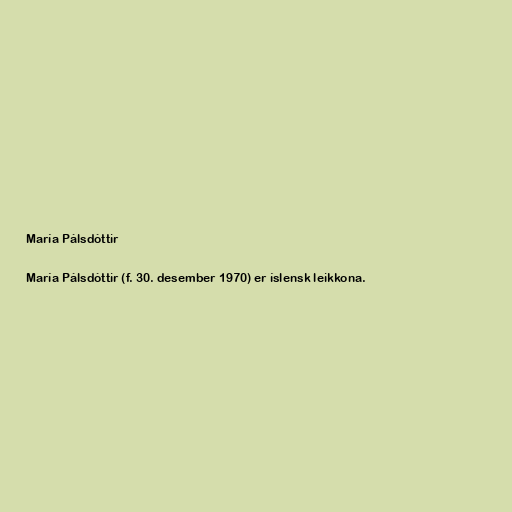
María Pálsdóttir

María Pálsdóttir (f. 30. desember 1970) er íslensk leikkona.